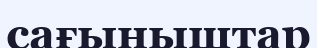
сағыныштар